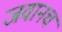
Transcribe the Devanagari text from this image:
जवानच